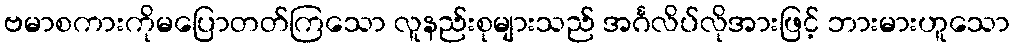
ဗမာစကားကိုမပြောတတ်ကြသော လူနည်းစုများသည် အင်္ဂလိပ်လိုအားဖြင့် ဘားမားဟူသော